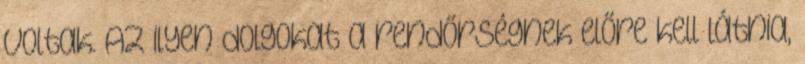
voltak. Az ilyen dolgokat a rendőrségnek előre kell látnia,